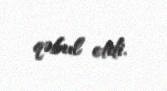
qəbul etdi.